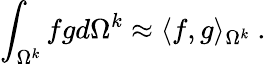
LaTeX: \int_{\Omega^{k}}{fgd\Omega^{k}}\approx\langle f,g\rangle_{\Omega^{k}}\mathrm{~.~}